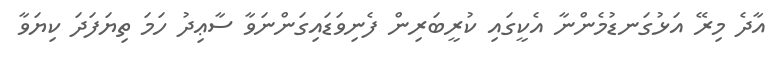
އާދެ މިރޭ އަޅުގަނޑުމެންނާ އެކީގައި ކުރީބަރިން ފެނިވަޑައިގަންނަވާ ސާޢިދު ހަމަ ތިޔަފަދަ ކިޔަވާ